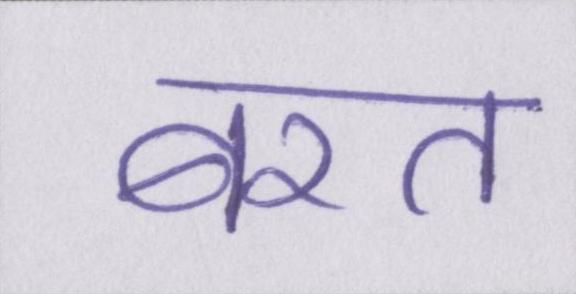
बरत